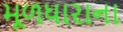
મૂળધારાના